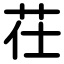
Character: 茌